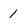
Character: 1